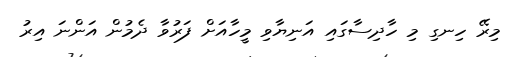
މިރޭ ހިނގި މި ހާދިސާގައި އަނިޔާވި މީހާއަށް ފަރުވާ ދެމުން އަންނަ އިރު